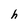
Character: h